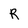
Character: R